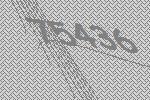
75436